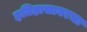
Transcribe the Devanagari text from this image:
इतिहासावरचा